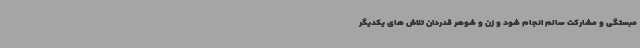
مبستگی و مشارکت سالم انجام شود و زن و شوهر قدردان تلاش های یکدیگر